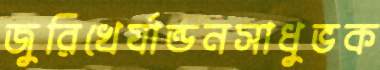
জুরিখের‍্যান্ডনসাধুভক